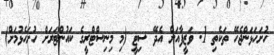
ހުށަހަޅަންޖެހޭ ތަކެތި 1. ވަޒީފާއަށް އެދޭ ސިޓީ (މި މިނިސްޓްރީގެ ކައުންޓަރަށް ހުށަހެޅުމަށް)